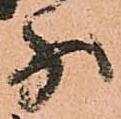
少